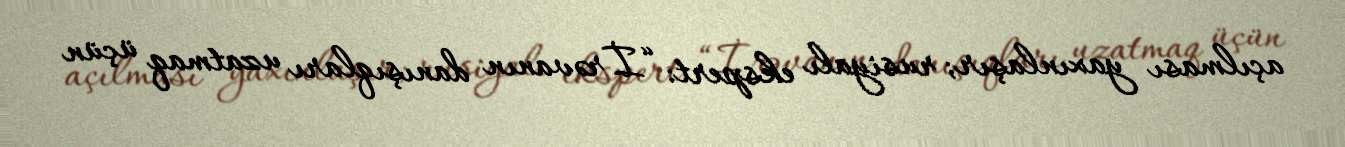
açılması yaxınlaşır; rusiyalı ekspert: “İrəvanın danışıqları uzatmaq üçün